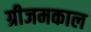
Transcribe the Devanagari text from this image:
ग्रीजमकाल